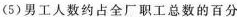
(5)男工人数约占全厂职工总数的百分